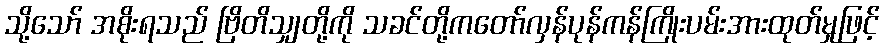
သို့သော် အစိုးရသည် ဗြိတိသျှတို့ကို သခင်တို့ကတော်လှန်ပုန်ကန်ကြိုးပမ်းအားထုတ်မှုဖြင့်